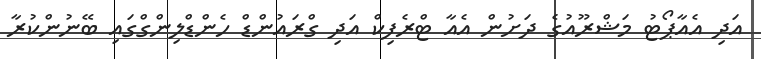
އަދި އެއާޕޯޓު މަޝްރޫއުގެ ދަށުން އެއާ ޓްރެފިކް އަދި ގްރައުންޑް ހެންޑްލިންގްގައި ބޭނުންކުރާ